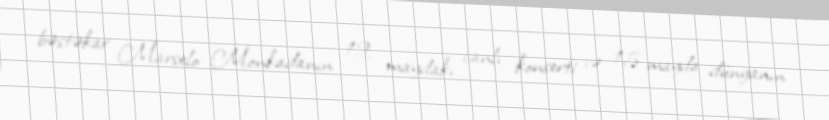
bəstəkar Marselo Monkadanın 12 maydakı canlı konserti və 15 mayda dünyanın